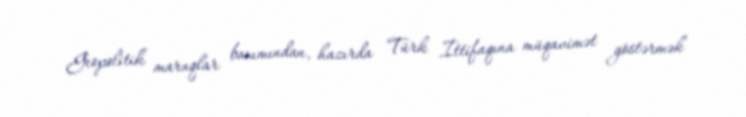
Geopolitik maraqlar baxımından, hazırda Türk İttifaqına müqavimət göstərmək